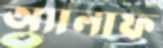
অ্যালাফ